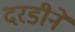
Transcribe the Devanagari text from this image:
दरडीने